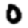
Digit: 0